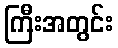
ကြီးအတွင်း